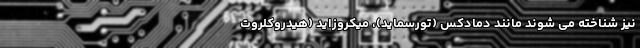
نیز شناخته می شوند مانند دمادکس (تورسماید)، میکروزاید (هیدروکلروت